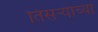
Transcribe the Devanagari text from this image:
तिसर्‍याच्या